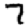
Digit: 7